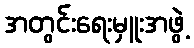
အတွင်းရေးမှူးအဖွဲ့